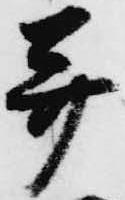
并